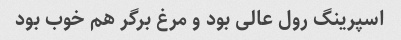
اسپرینگ رول عالی بود و مرغ بر‌گر هم خوب بود